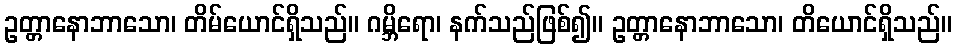
ဥတ္တာနောဘာသော၊ တိမ်ယောင်ရှိသည်။ ဂမ္ဘိရော၊ နက်သည်ဖြစ်၍။ ဥတ္တာနောဘာသော၊ တိယောင်ရှိသည်။